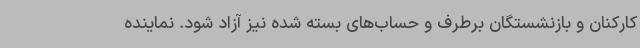
کارکنان و بازنشستگان برطرف و حساب‌های بسته شده نیز آزاد شود. نماینده